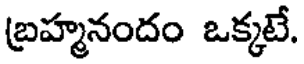
బ్రహ్మనందం ఒక్కటే.